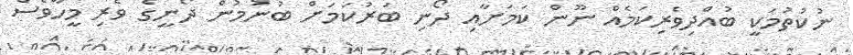
ނުކުތުމަކީ ބުއްދިވެރިކަމެއް ނޫން ކަމަށާއި ދޯނި ބަރުކަމަށް ބުނުމުން ދޯނީގެ ވެރި މީހާވެސް